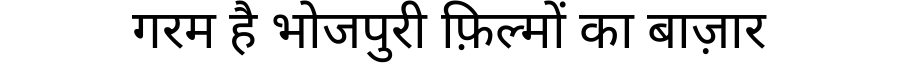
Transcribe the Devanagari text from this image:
गरम है भोजपुरी फ़िल्मों का बाज़ार